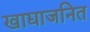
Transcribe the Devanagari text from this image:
खाद्याजनित